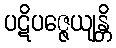
ပဋိပဇ္ဇေယျန္တိ